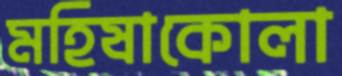
মহিষাকোলা